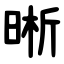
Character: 晰